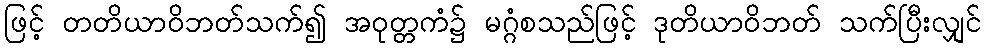
ဖြင့် တတိယာဝိဘတ်သက်၍ အဝုတ္တကံ၌ မဂ္ဂံစသည်ဖြင့် ဒုတိယာဝိဘတ် သက်ပြီးလျှင်